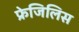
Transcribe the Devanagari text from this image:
फ्रेजिलिस